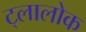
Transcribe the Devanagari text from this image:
ट्लालोक